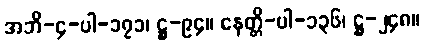
အဘိ-၄-ပါ-၁၇၁၊ ဋ္ဌ-၉၄။ နေတ္တိ-ပါ-၁၃၆၊ ဋ္ဌ-၂၄၈။